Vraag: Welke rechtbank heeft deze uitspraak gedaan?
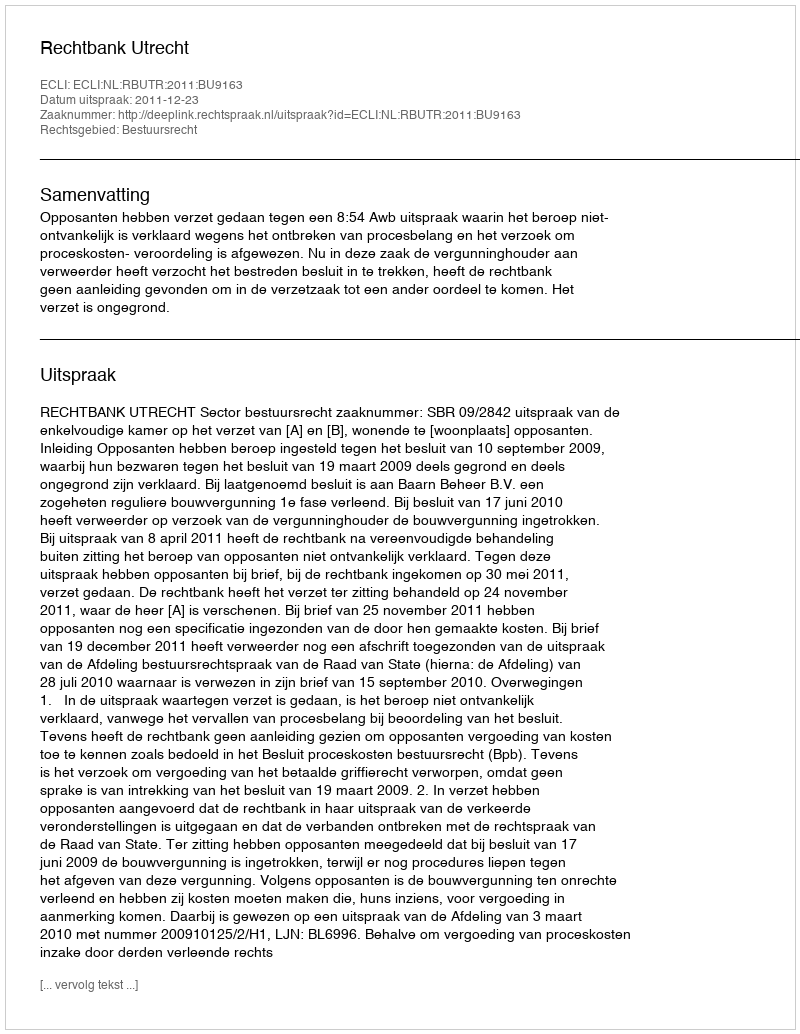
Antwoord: Rechtbank Utrecht